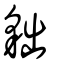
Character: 貀